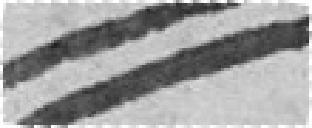
//